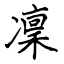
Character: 凜